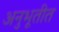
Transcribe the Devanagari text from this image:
अनुभूतीत